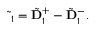
\begin{array} { r } { \tilde { \bf \Delta } _ { 1 } = \tilde { \bf D } _ { 1 } ^ { + } - \tilde { \bf D } _ { 1 } ^ { - } . } \end{array}